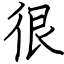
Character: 很